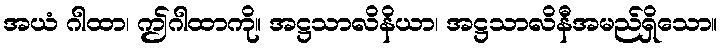
အယံ ဂါထာ၊ ဤဂါထာကို။ အဋ္ဌသာလိနိယာ၊ အဋ္ဌသာလိနီအမည်ရှိသော။